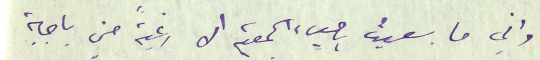
واني ما سعيت باحياء الجمعية الا رغبةً مني باجابة